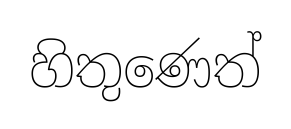
හිතුණෙත්